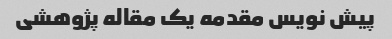
پیش نویس مقدمه یک مقاله پژوهشی